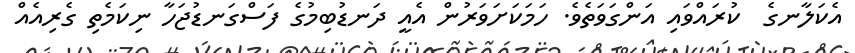
އެކަލާނގެ  ކުރައްވައި އަންގަވަތެވެ. ހަމަކަށަވަރުން އެއީ ދަނޑުބިމުގެ ފަސްގަނޑުޖަހާ ނިކަމެތި ގެރިއެއް